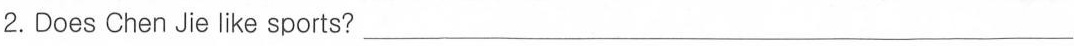
2.Does Chen Jie like sports? ___